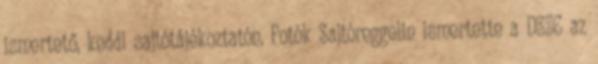
ismertető, keddi sajtótájékoztatón. Fotók Sajtóreggelin ismertette a DSZC az